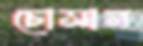
চোসান